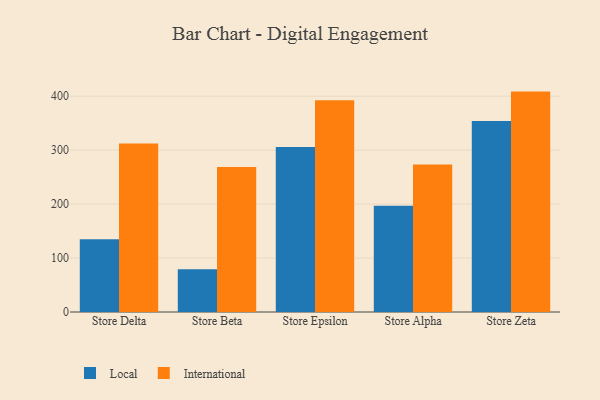
{"axis": {"x": "Store", "y": "Production Output"}, "legend": ["International", "Local"], "data": [{"x": "Store Delta", "y": 134.8, "type": "Local"}, {"x": "Store Delta", "y": 312.2, "type": "International"}, {"x": "Store Beta", "y": 79.2, "type": "Local"}, {"x": "Store Beta", "y": 268.9, "type": "International"}, {"x": "Store Epsilon", "y": 305.9, "type": "Local"}, {"x": "Store Epsilon", "y": 392.4, "type": "International"}, {"x": "Store Alpha", "y": 196.8, "type": "Local"}, {"x": "Store Alpha", "y": 273.6, "type": "International"}, {"x": "Store Zeta", "y": 353.8, "type": "Local"}, {"x": "Store Zeta", "y": 408.5, "type": "International"}]}